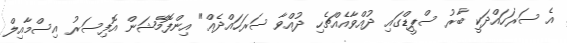
އެ ސަރަހައްދަކީ ބާރު ސްޕީޑްގައި ދުއްވާއެއްޗެހި ދުއްވާ ސަރަހައްދެއް" އިންފޮމޭޝަން އޮފިސަރު އިސްމާއިލް